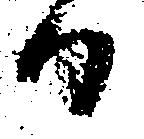
日